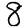
Digit: 8